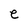
Character: e